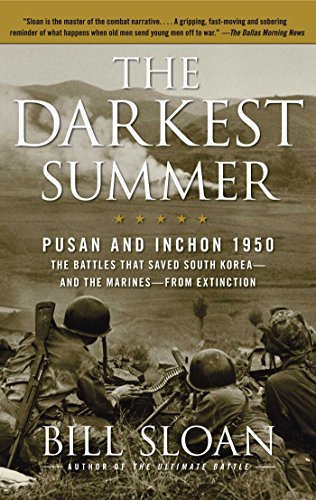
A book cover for The Darkest Summer: Pusan and Inchon 1950: The Battles That Saved South Korea--and the Marines--from Extinction; Bill Sloan; History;